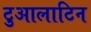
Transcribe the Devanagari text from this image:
टुआलाटिन